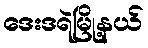
ဒေးဒရဲမြို့နယ်